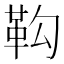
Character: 䩓